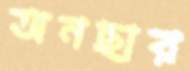
অনছার